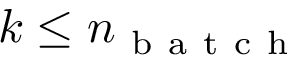
k \le n _ { \mathrm { ~ b ~ a ~ t ~ c ~ h ~ } }